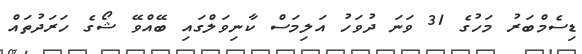
ޑިސެމްބަރު މަހުގެ 31 ވަނަ ދުވަހު އަލިމަސް ކާނިވަލްގައި ބޭއްވޭ ޝޯގެ ހަރަދުތައް